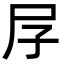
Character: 㞌